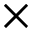
\times